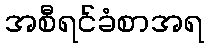
အစီရင်ခံစာအရ